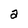
Character: a